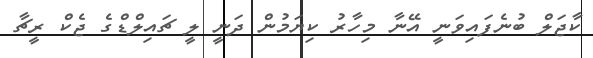
ކާޖަލް ބުނެފައިވަނީ އޭނާ މިހާރު ކިޔަމުން ދަނީ ލީ ޗައިލްޑްގެ ޖެކް ރީޗާ